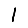
Digit: 1